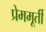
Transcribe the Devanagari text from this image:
प्रेममूर्ती